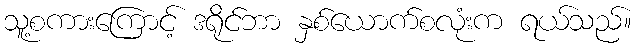
သူ့စကားကြောင့် ဒရိုင်ဘာ နှစ်ယောက်စလုံးက ရယ်သည်။